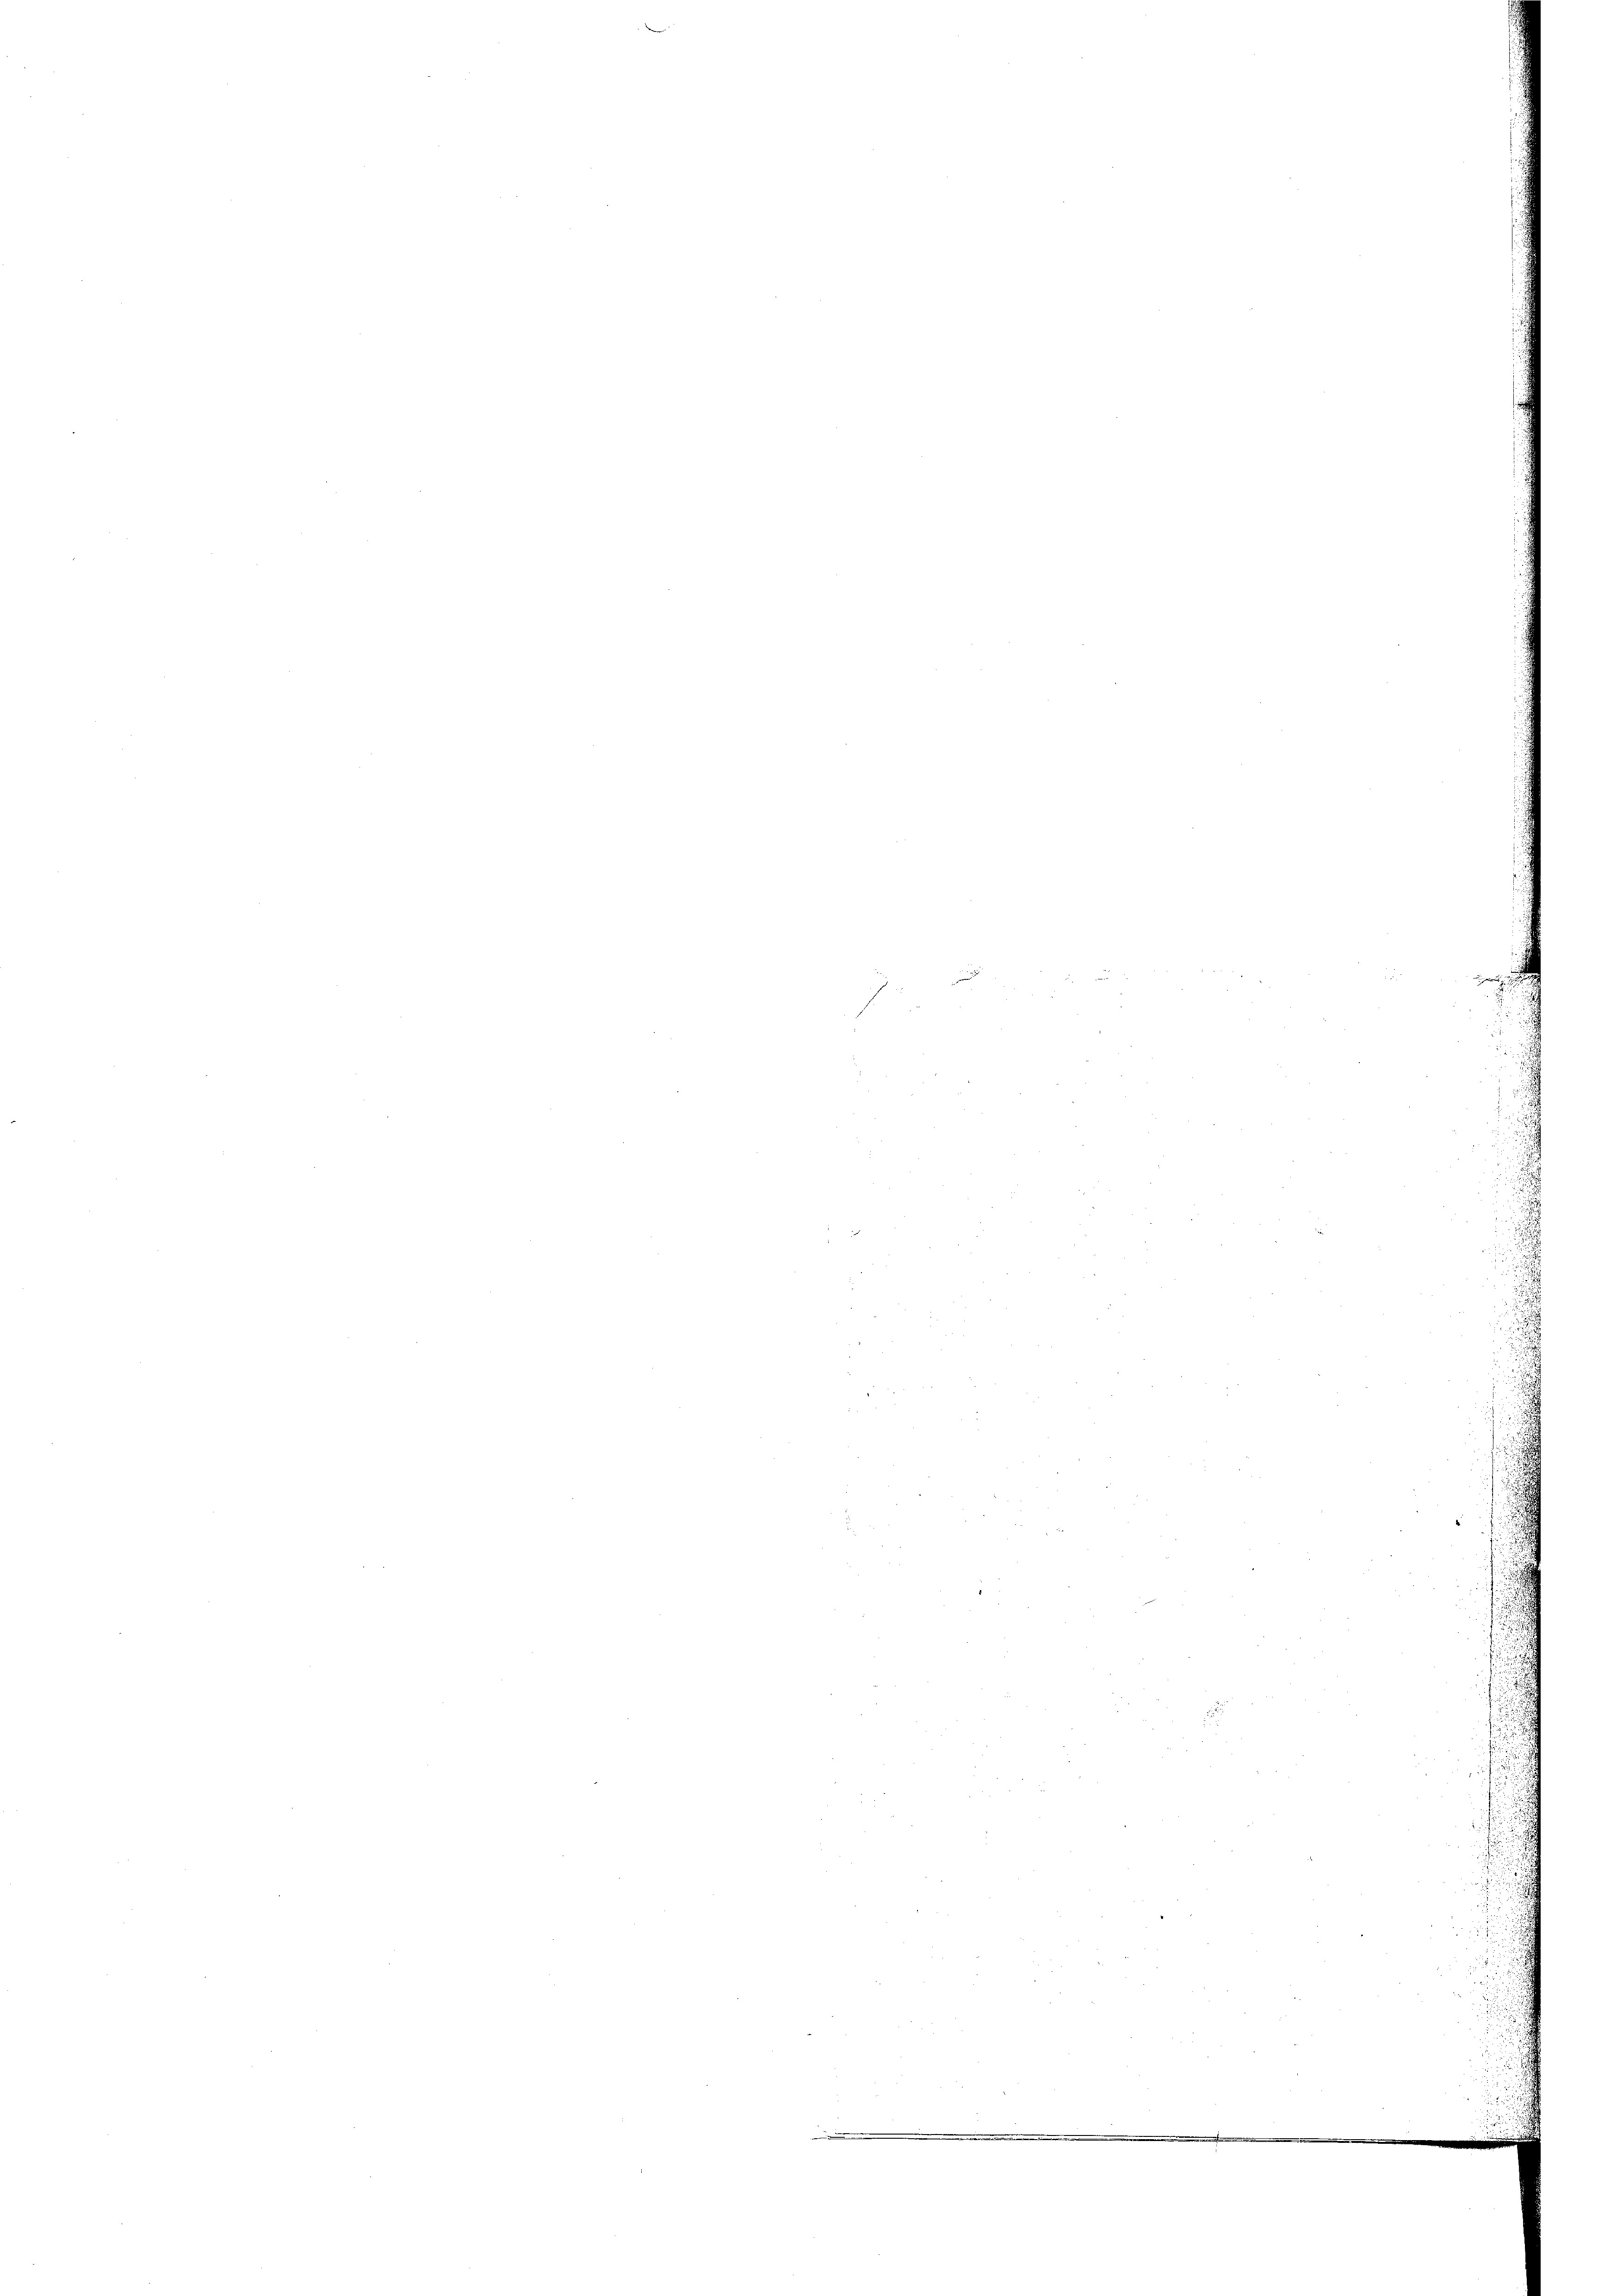
d